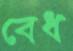
বেধ